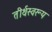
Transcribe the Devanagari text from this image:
तीर्थस्वरूप